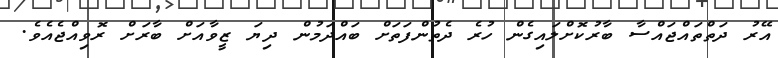
އޭރު ދަތްތައްޖައްސާ ބާރުކޮށްލައިގެން ހުރެ ދެތުންފަތަށް ބައްދަމުން ދިޔަ ޒީވާއަށް ބާރަށް ރޮވިއްޖެއެވެ.